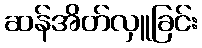
ဆန်အိတ်လှူခြင်း